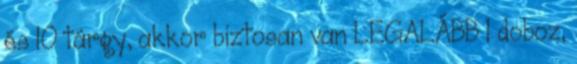
és 10 tárgy, akkor biztosan van LEGALÁBB 1 doboz,